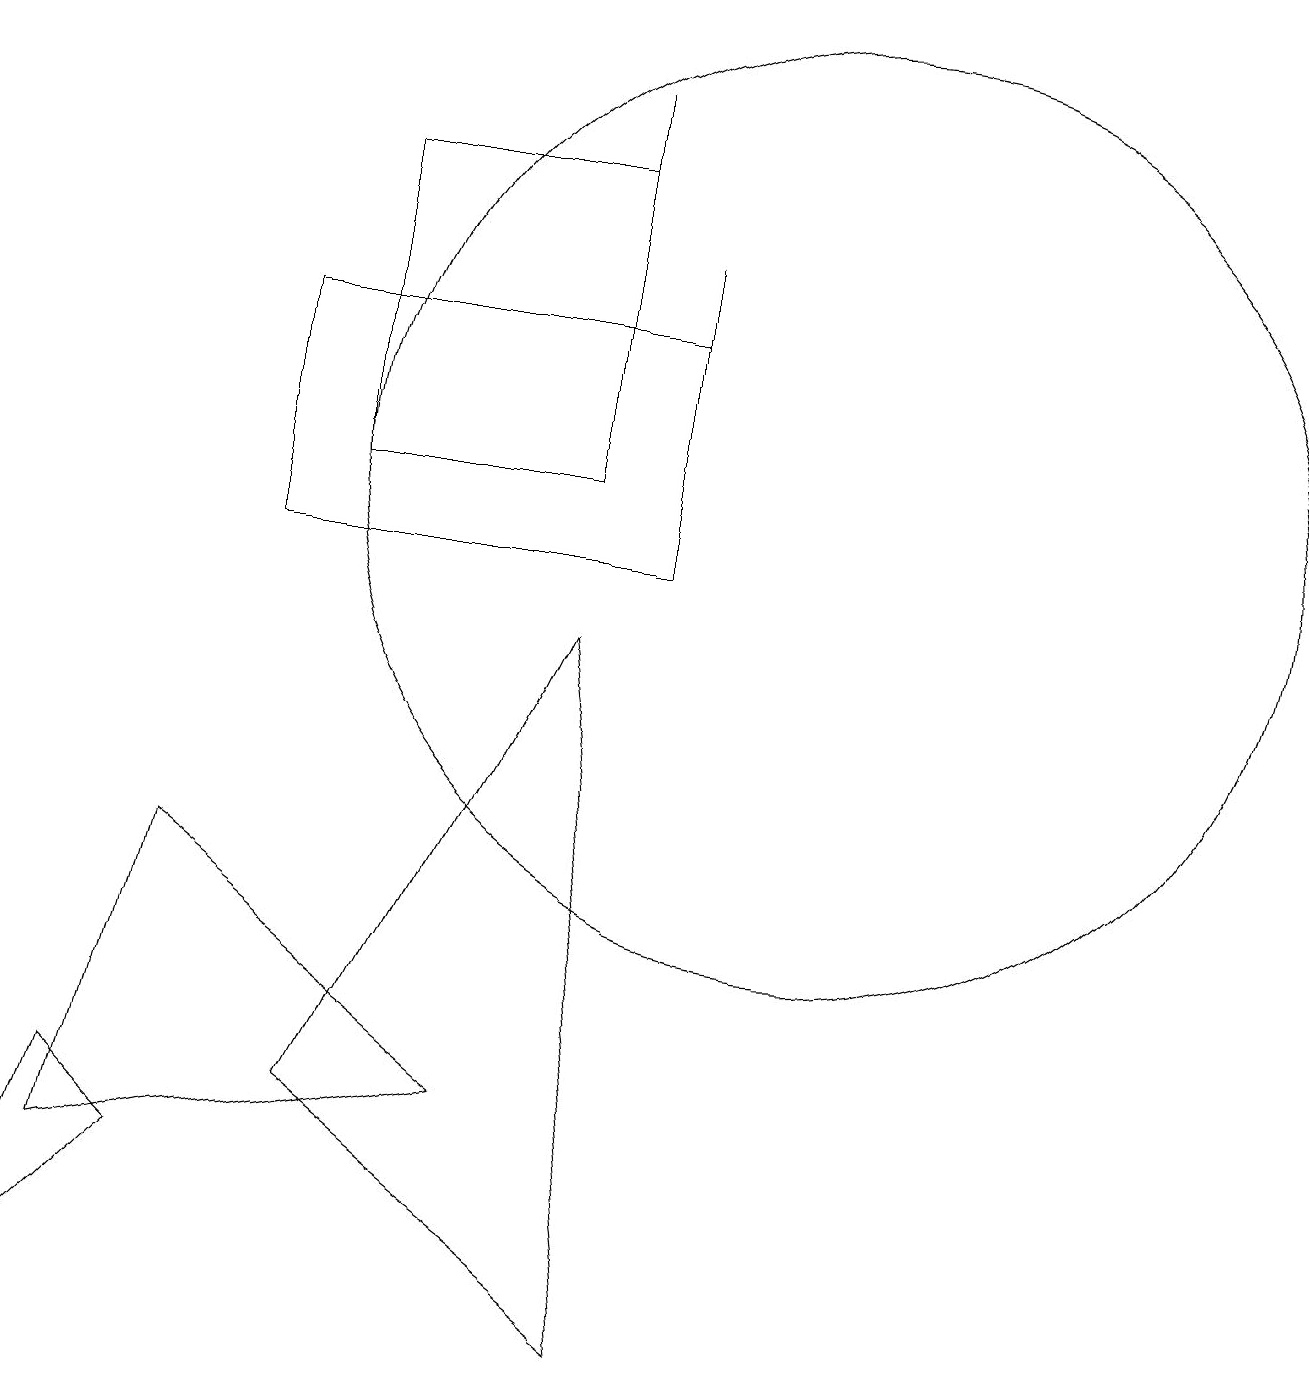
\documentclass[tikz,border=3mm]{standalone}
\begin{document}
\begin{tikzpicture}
\draw (1,2) -- (6,3) -- (2,6) -- cycle;
\draw (8,10) rectangle (8,14);
\draw (8,0) -- (4,3) -- (7,9) -- cycle;
\draw (1,3) -- (2,2) -- (0,0) -- cycle;
\draw (10,11) circle (6);
\draw (7,12) rectangle (7,16);
\draw (8,10) rectangle (3,13);
\draw (7,15) rectangle (4,11);
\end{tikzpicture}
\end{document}